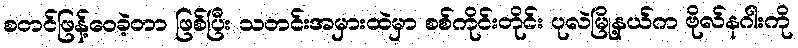
စတင်ဖြန့်ဝေခဲ့တာ ဖြစ်ပြီး သတင်းအမှားထဲမှာ စစ်ကိုင်းတိုင်း ပုလဲမြို့နယ်က ဗိုလ်နဂါးကို